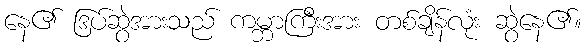
နေ၏ ဒြပ်ဆွဲအားသည် ကမ္ဘာကြီးအား တစ်ချိန်လုံး ဆွဲနေ၏။